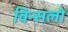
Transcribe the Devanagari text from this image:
विन्सलो